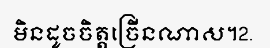
មិនដូចចិត្តច្រើនណាស។2.